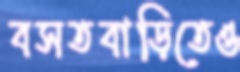
বসতবাড়িতেও